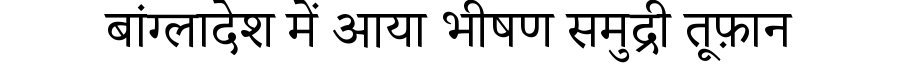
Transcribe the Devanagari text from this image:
बांग्लादेश में आया भीषण समुद्री तूफ़ान